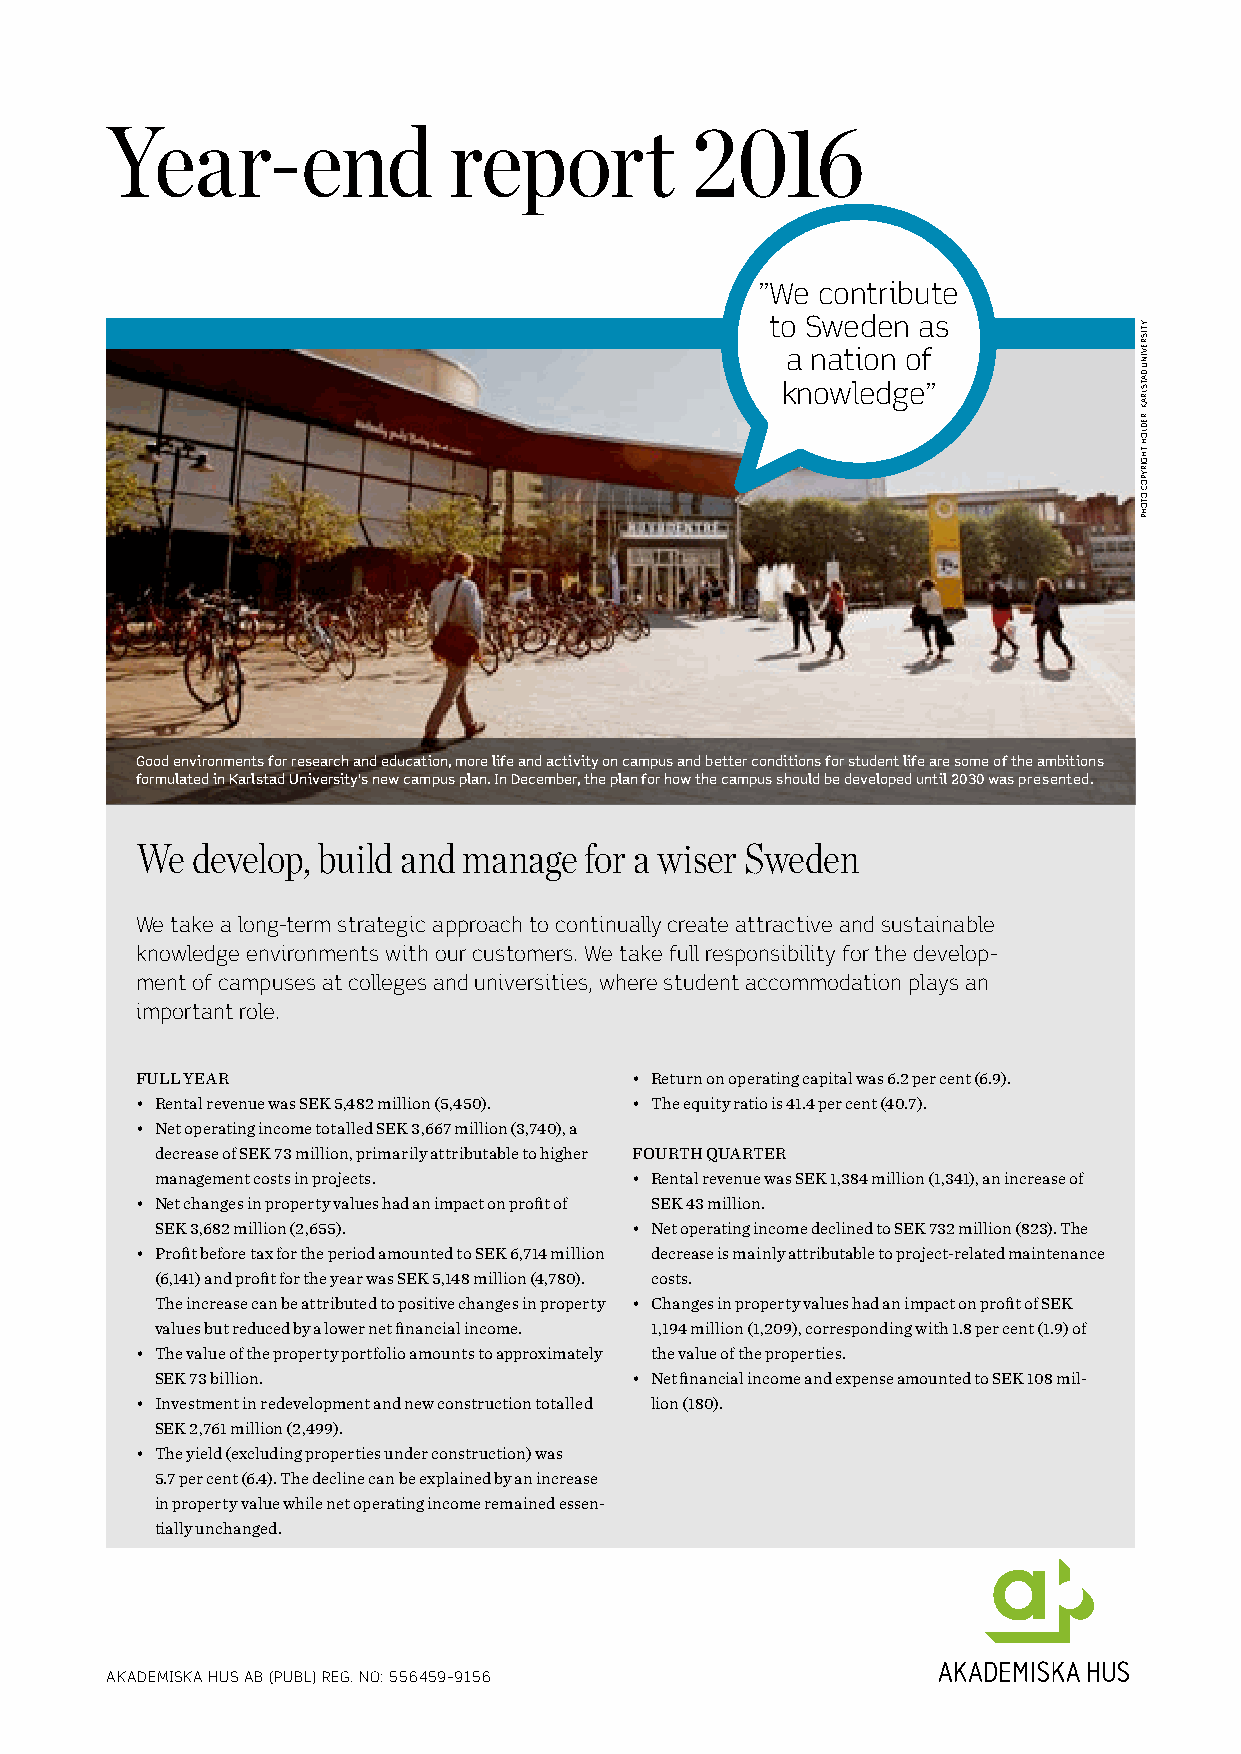
Year-end               report          2016
 ”We contribute
 to Sweden as
 a nation of
 knowledge”
 Good environments for research and education, more life and activity on campus and better conditions for student life are some of the ambitions
 formulated in Karlstad University’s new campus plan. In December, the plan for how the campus should be developed until 2030 was presented.
 We  develop, build and manage for a wiser Sweden
 We take a long-term strategic approach to continually create attractive and sustainable
 knowledge environments with our customers. We take full responsibility for the develop -
 ment of campuses at colleges and universities, where student accommodation plays an
 important role.
 FULL YEAR                        • Return on operating capital was 6.2 per cent (6.9).
 • Rental revenue was SEK 5,482 million (5,450). • The equity ratio is 41.4 per cent (40.7).
 • Net operating income totalled SEK 3,667 million (3,740), a
 decrease of SEK 73 million, primarily attributable to higher FOURTH QUARTER
 management costs in projects.   • Rental revenue was SEK 1,384 million (1,341), an increase of
 • Net changes in property values had an impact on profit of SEK 43 million.
 SEK 3,682 million (2,655).      • Net operating income declined to SEK 732 million (823). The
 • Profit before tax for the period amounted to SEK 6,714 million decrease is mainly attributable to project-related maintenance
 (6,141) and profit for the year was SEK 5,148 million (4,780). costs.
 The increase can be attributed to positive changes in property • Changes in property values had an impact on profit of SEK
 values but reduced by a lower net financial income. 1,194 million (1,209), corresponding with 1.8 per cent (1.9) of
 • The value of the property portfolio amounts to approximately the value of the properties.
 SEK 73 billion.                 • Net financial income and expense amounted to SEK 108 mil-
 • Investment in redevelopment and new construction totalled lion (180).
 SEK 2,761 million (2,499).
 • The yield (excluding properties under construction) was
 5.7 per cent (6.4). The decline can be explained by an increase
 in property value while net operating income remained essen-
 tially unchanged.
 AKADEMISKA HUS AB (PUBL) REG. NO: 556459–9156
 YTISREVINU
 DATSLRAK
 :REDLOH
 THGIRYPOC
 OTOHP